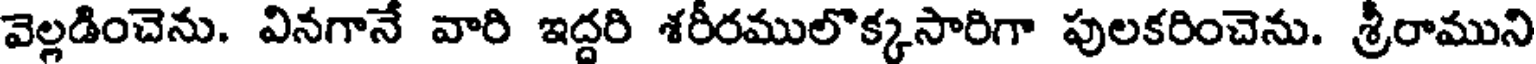
వెల్లడించెను. వినగానే వారి ఇద్దరి శరీరములొక్కసారిగా పులకరించెను. శ్రీరాముని